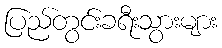
ပြည်တွင်းခရီးသွားများ